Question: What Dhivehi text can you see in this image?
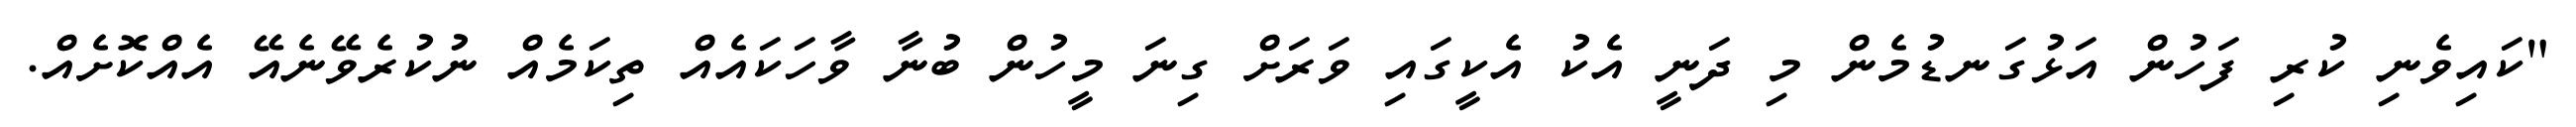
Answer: "ކައިވެނި ކުރި ފަހުން އަޅުގަނޑުމެން މި ދަނީ އެކު އެކީގައި ވަރަށް ގިނަ މީހުން ބުނާ ވާހަކައެއް ތިކަމެއް ނުކުރެވޭނެއޭ އެއްކޮށެއް.